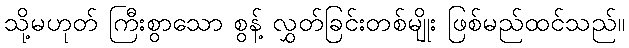
သို့မဟုတ် ကြီးစွာသော စွန့် လွှတ်ခြင်းတစ်မျိုး ဖြစ်မည်ထင်သည်။